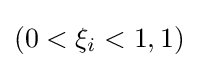
\left(0<\xi _{i}<1,1\right)